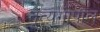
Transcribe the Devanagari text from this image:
नृत्यगोपाल